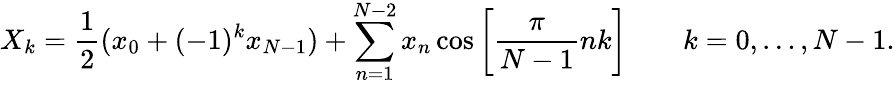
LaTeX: X_{k}={\frac{1}{2}}(x_{0}+(-1)^{k}x_{N-1})+\sum_{n=1}^{N-2}x_{n}\cos\left[{\frac{\pi}{N-1}}nk\right]\quad\quad k=0,\dots,N-1.